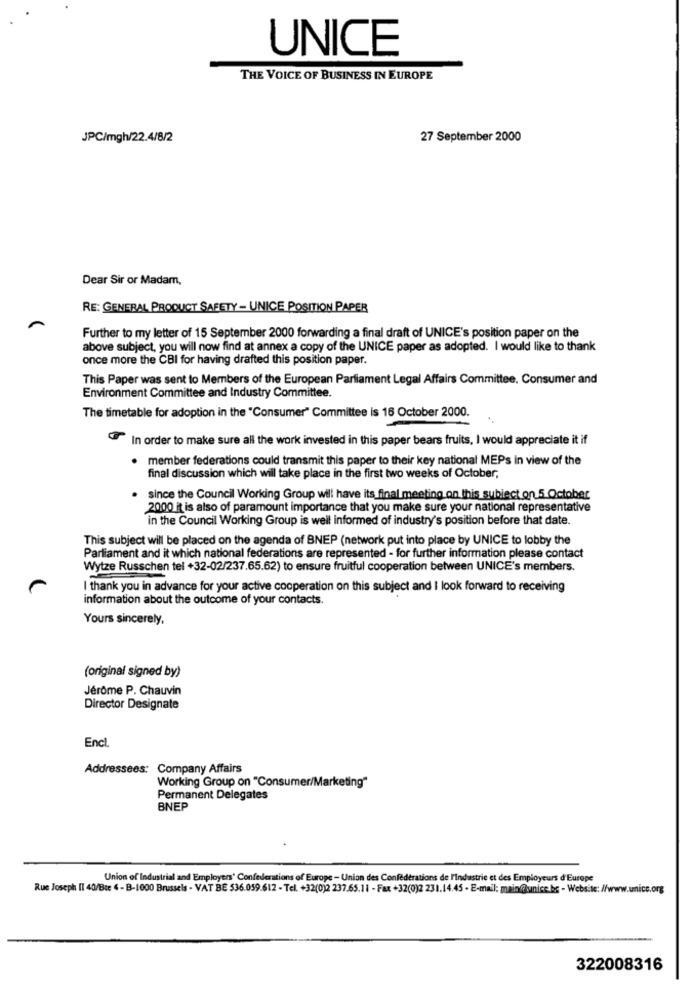
UNICE
THE VOICE OF BUSINESS IN EUROPE
JPC/mgh/22.4/8/2
27 September 2000
Dear Sir or Madam,
RE: GENERAL PRODUCT SAFETY - UNICE POSITION PAPER
Further to my letter of 15 September 2000 forwarding a final draft of UNICE's position paper on the
above subject, you will now find at annex a copy of the UNICE paper as adopted. I would like to thank
once more the CBI for having drafted this position paper.
This Paper was sent to Members of the European Parliament Legal Affairs Committee, Consumer and
Environment Committee and Industry Committee.
The timetable for adoption in the "Consumer" Committee is 16 October 2000.
In order to make sure all the work invested in this paper bears fruits, I would appreciate it if
member federations could transmit this paper to their key national MEPs in view of the
final discussion which will take place in the first two weeks of October,
. since the Council Working Group will have its final meeting on this subject on 5 October
2000 it is also of paramount importance that you make sure your national representative
in the Council Working Group is well informed of industry's position before that date.
This subject will be placed on the agenda of BNEP (network put into place by UNICE to lobby the
Parliament and it which national federations are represented - for further information please contact
Wytze Russchen tel +32-02/237.65.62) to ensure fruitful cooperation between UNICE's members.
I thank you in advance for your active cooperation on this subject and I look forward to receiving
information about the outcome of your contacts.
Yours sincerely,
(original signed by)
Jérôme P. Chauvin
Director Designate
Encl.
Addressees: Company Affairs
Working Group on "Consumer/Marketing"
Permanent Delegates
BNEP
Union of Industrial and Employers' Confederations of Europe - Union des Confederations de l'Industrie et des Employeurs d'Europe
Rue Joseph I1 40/Bce 4 - B-1000 Brussels - VAT BE 536.059.612 - Tel. +32(0)2 237.65.11 - Fax +32(0)2 231.14.45 - E-mail: main@@unice.bc - Website: //www.unicc.org
322008316